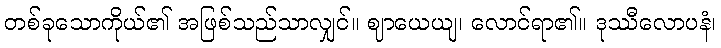
တစ်ခုသောကိုယ်၏ အဖြစ်သည်သာလျှင်။ ဈာယေယျ၊ လောင်ရာ၏။ ဒုဿီလောပနံ၊